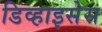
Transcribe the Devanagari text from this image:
डिव्हाइसेस